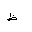
Letter: _za